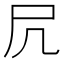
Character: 凥